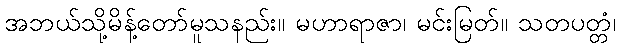
အဘယ်သို့မိန့်တော်မူသနည်း။ မဟာရာဇာ၊ မင်းမြတ်။ သတပတ္တံ၊